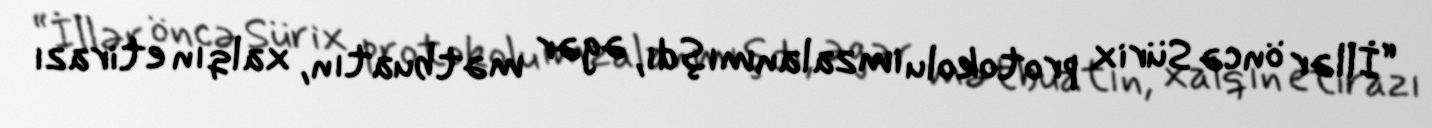
“İllər öncə Sürix protokolu imzalanmışdı, əgər mətbuatın, xalqın etirazı